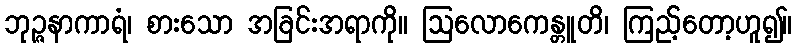
ဘုဉ္ဇနာကာရံ၊ စားသော အခြင်းအရာကို။ ဩလောကေန္တူတိ၊ ကြည့်တော့ဟူ၍။